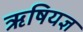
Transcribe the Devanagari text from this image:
ऋषियज्ञ